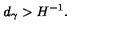
d _ { \gamma } > H ^ { - 1 } .